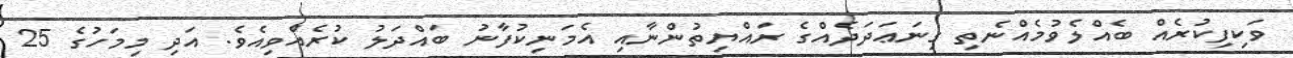
ވަކިފިކުރެއް ބެއްލެވުމެއްނެތި ގިނަޢަދަދެއްގެ ރައްޔިތުންނާއި އެމަނިކުފާނު ބައްދަލު ކުރެއްވިއެވެ. އަދި މިމަހުގެ 25